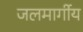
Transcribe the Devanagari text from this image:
जलमार्गीय